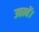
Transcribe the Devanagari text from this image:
उठावें।